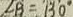
\angle B = 1 3 0 ^ { \circ }